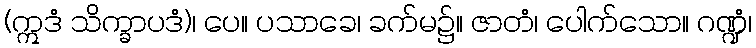
(ဣဒံ သိက္ခာပဒံ)၊ ပေ။ ပသာခေ၊ ခက်မ၌။ ဇာတံ၊ ပေါက်သော။ ဂဏ္ဍံ၊